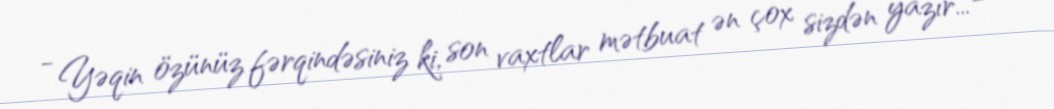
- Yəqin özünüz fərqindəsiniz ki, son vaxtlar mətbuat ən çox sizdən yazır... -